Vaccination North-Western Provinces 1866-1877 - 1866-1877
Year: 1866
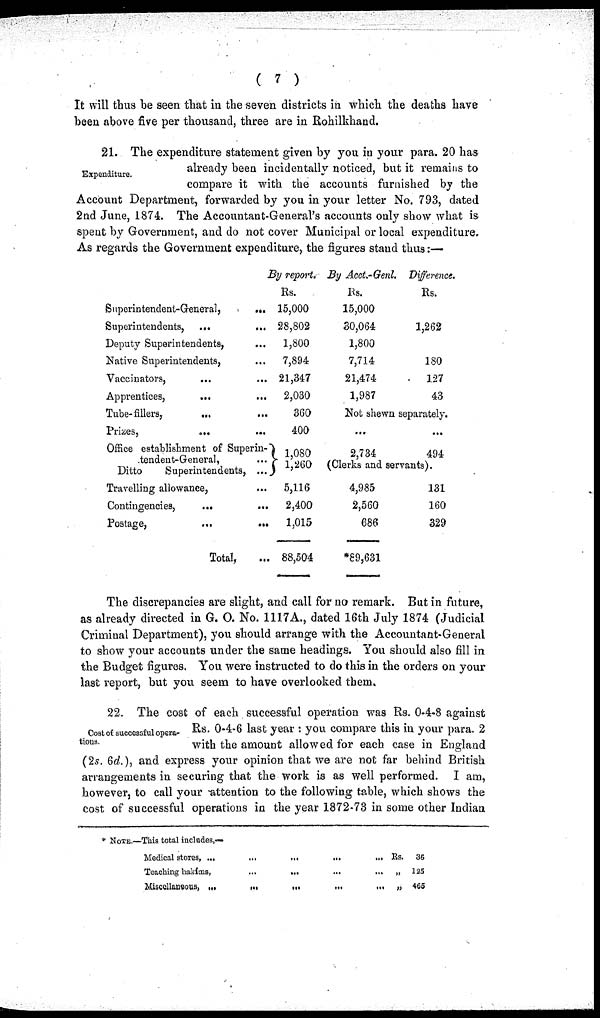
( 7 )
It will thus be seen that in the seven districts in which the deaths have
been above five per thousand, three are in Rohilkhand.
Expenditure.
21. The expenditure statement given by you in your para. 20 has
already been incidentally noticed, but it remains to
compare it with the accounts furnished by the
Account Department, forwarded by you in your letter No. 793, dated
2nd June, 1874. The Accountant-General's accounts only show what is
spent by Government, and do not cover Municipal or local expenditure.
As regards the Government expenditure, the figures stand thus:—
Superintendent-General,
...
Superintendents, ... ...
Deputy Superintendents, ...
Native Superintendents, ...
Vaccinators,
...
...
Apprentices,
...
...
Tube-fillers, ... ...
Prizes,
...
...
Office establishment of Superin-
tendent-General, ...
Ditto
Superintendents, ...
Travelling allowance, ...
Contingencies,
...
...
Postage,
...
...
Total, ...
By report.
Rs.
15,000
28,802
1,800
7,894
21,347
2,030
360
400
1,080
1,260
5,116
2,400
1,015
88,504
By Acct.-Genl.
Rs.
15,000
30,064
1,800
7,714
21,474
1,987
Difference.
Rs.
1,262
180
127
43
Not shewn separately.
...
2,734
...
494
(Clerks and servants).
4,985
2,560
686
*89,631
131
160
329
The discrepancies are slight, and call for no remark. But in future,
as already directed in G. O. No. 1117A., dated 16th July 1874 (Judicial
Criminal Department), you should arrange with the Accountant-General
to show your accounts under the same headings. You should also fill in
the Budget figures. You were instructed to do this in the orders on your
last report, but you seem to have overlooked them.
Cost of successful opera-
tions.
22. The cost of each successful operation was Rs. 0-4-8 against
Rs. 0-4-6 last year : you compare this in your para. 2
with the amount allowed for each case in England
(2s. 6d.), and express your opinion that we are not far behind British
arrangements in securing that the work is as well performed. I am,
however, to call your attention to the following table, which shows the
cost of successful operations in the year 1872-73 in some other Indian
* NOTE.—This total includes,—
Medical stores, ...
Teaching hakims,
Miscellaneous, ...
...
...
...
...
...
...
...
...
...
...
...
...
Rs.
„
„
36
125
465